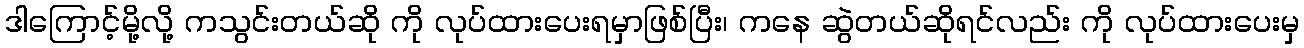
ဒါကြောင့်မို့လို့ ကသွင်းတယ်ဆို ကို လုပ်ထားပေးရမှာဖြစ်ပြီး၊ ကနေ ဆွဲတယ်ဆိုရင်လည်း ကို လုပ်ထားပေးမှ